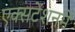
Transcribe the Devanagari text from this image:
एक्सटेंशनमें